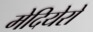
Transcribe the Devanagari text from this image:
मेदियेरो